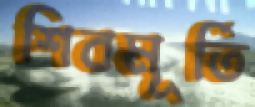
শিবমূর্তি